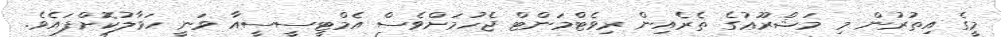
މީގެ އިތުރުން މި މަޝްރޫޢުގެ ތެރެއިން ރިވެޓްމަންޓް ޖެހުމަށްވެސް އެމްޓީސީސީއާ ވަނީ ހަވާލުކޮށްފައެވެ.